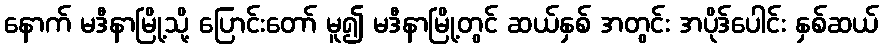
နောက် မဒီနာမြို့သို့ ပြောင်းတော် မူ၍ မဒီနာမြို့တွင် ဆယ်နှစ် အတွင်း အပိုဒ်ပေါင်း နှစ်ဆယ်